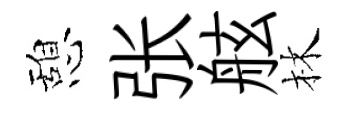
憩张舷林